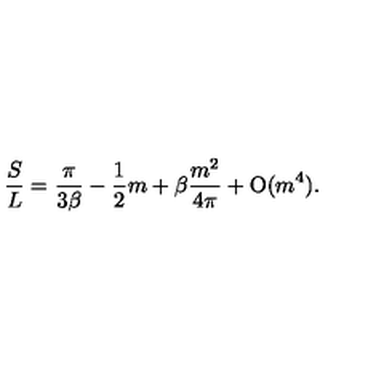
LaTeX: { \frac { S } { L } } = { \frac { \pi } { 3 \beta } } - { \frac { 1 } { 2 } } m + \beta { \frac { m ^ { 2 } } { 4 \pi } } + \mathrm { O } ( m ^ { 4 } ) .